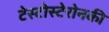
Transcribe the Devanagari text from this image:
टेस्टोस्टेरोनकी